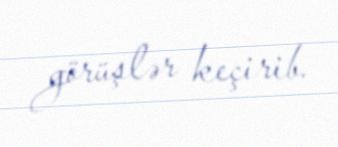
görüşlər keçirib.